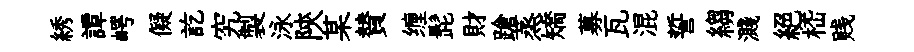
綉譚崿儗訖究製泳陝某賛缠髭財蹌蒸矯募瓦混誓縐濺絕嵇贱